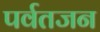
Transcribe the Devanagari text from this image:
पर्वतजन